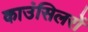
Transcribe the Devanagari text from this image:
काउंसिलरों